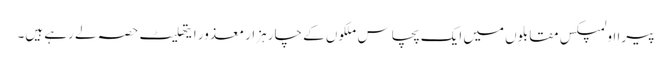
پیرا اولمپکس مقابلوں میں ایک پچاس ملکوں کے چار ہزار معذور ایتھلیٹ حصہ لے رہے ہیں۔